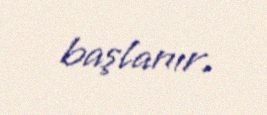
başlanır.